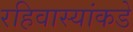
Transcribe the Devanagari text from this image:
रहिवास्यांकडे